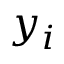
y _ { i }